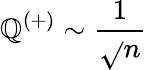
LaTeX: \mathbb{Q}^{(+)}\sim\frac{{1}}{{\sqrt{}{{n}}}}